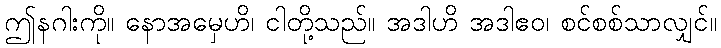
ဤနဂါးကို။ နောအမှေဟိ၊ ငါတို့သည်။ အဒါဟိ အဒါဧဝ၊ စင်စစ်သာလျှင်။